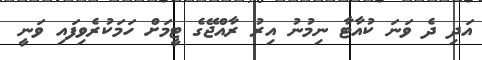
އަދި ދެ ވަނަ ކުއާޓާ ނިމުނު އިރު ރާއްޖޭގެ ޓީމަށް ހަމަކުރެވިފައި ވަނީ